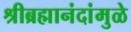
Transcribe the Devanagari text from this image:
श्रीब्रह्मानंदांमुळे